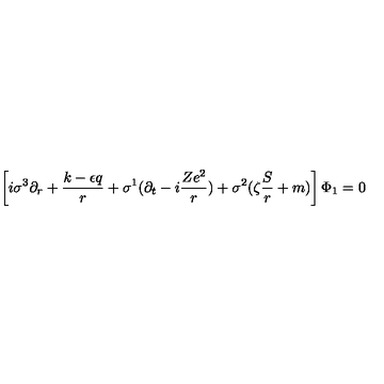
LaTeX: \left[ i \sigma ^ { 3 } \partial _ { r } + \frac { k - \epsilon q } r + \sigma ^ { 1 } ( \partial _ { t } - i \frac { Z e ^ { 2 } } r ) + \sigma ^ { 2 } ( \zeta \frac S r + m ) \right] \Phi _ { 1 } = 0